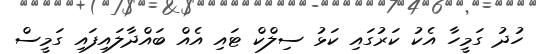
ހުދު ގަމީހާ އެކު ކަރުގައި ކަޅު ސިލްކް ޓައި އެއް ބައްދާލައިފައި ގަމީސް